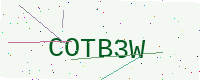
Text: COTB3W